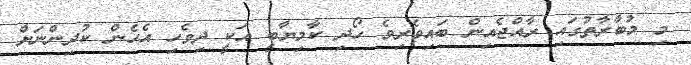
މި މުބާރާތުގައި ރާއްޖެއިން ބައިވެރިވެ ހޯދި ކާމިޔާބީ އަކީ ދިވެހި އެހެން ކުދިންނަށް